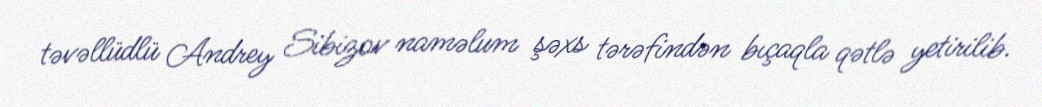
təvəllüdlü Andrey Sibizov naməlum şəxs tərəfindən bıçaqla qətlə yetirilib.